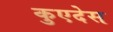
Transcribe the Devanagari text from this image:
कुएदेस